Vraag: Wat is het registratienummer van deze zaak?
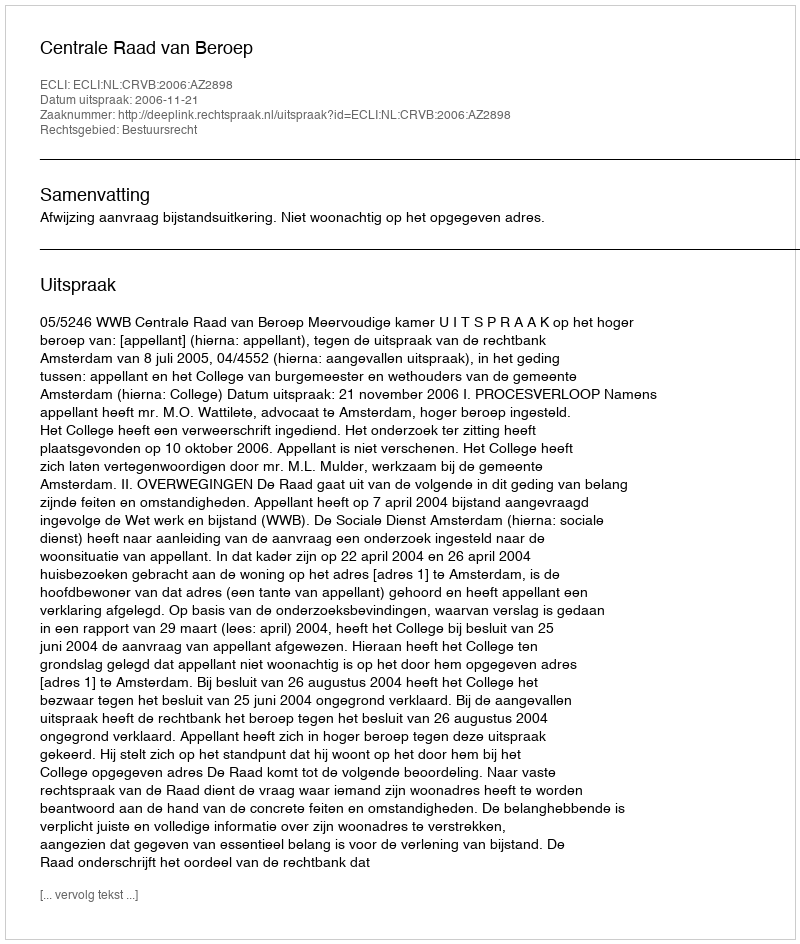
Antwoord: http://deeplink.rechtspraak.nl/uitspraak?id=ECLI:NL:CRVB:2006:AZ2898